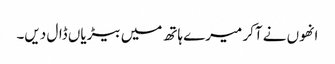
انھوں نے آکر میرے ہاتھ میں بیڑیاں ڈال دیں۔